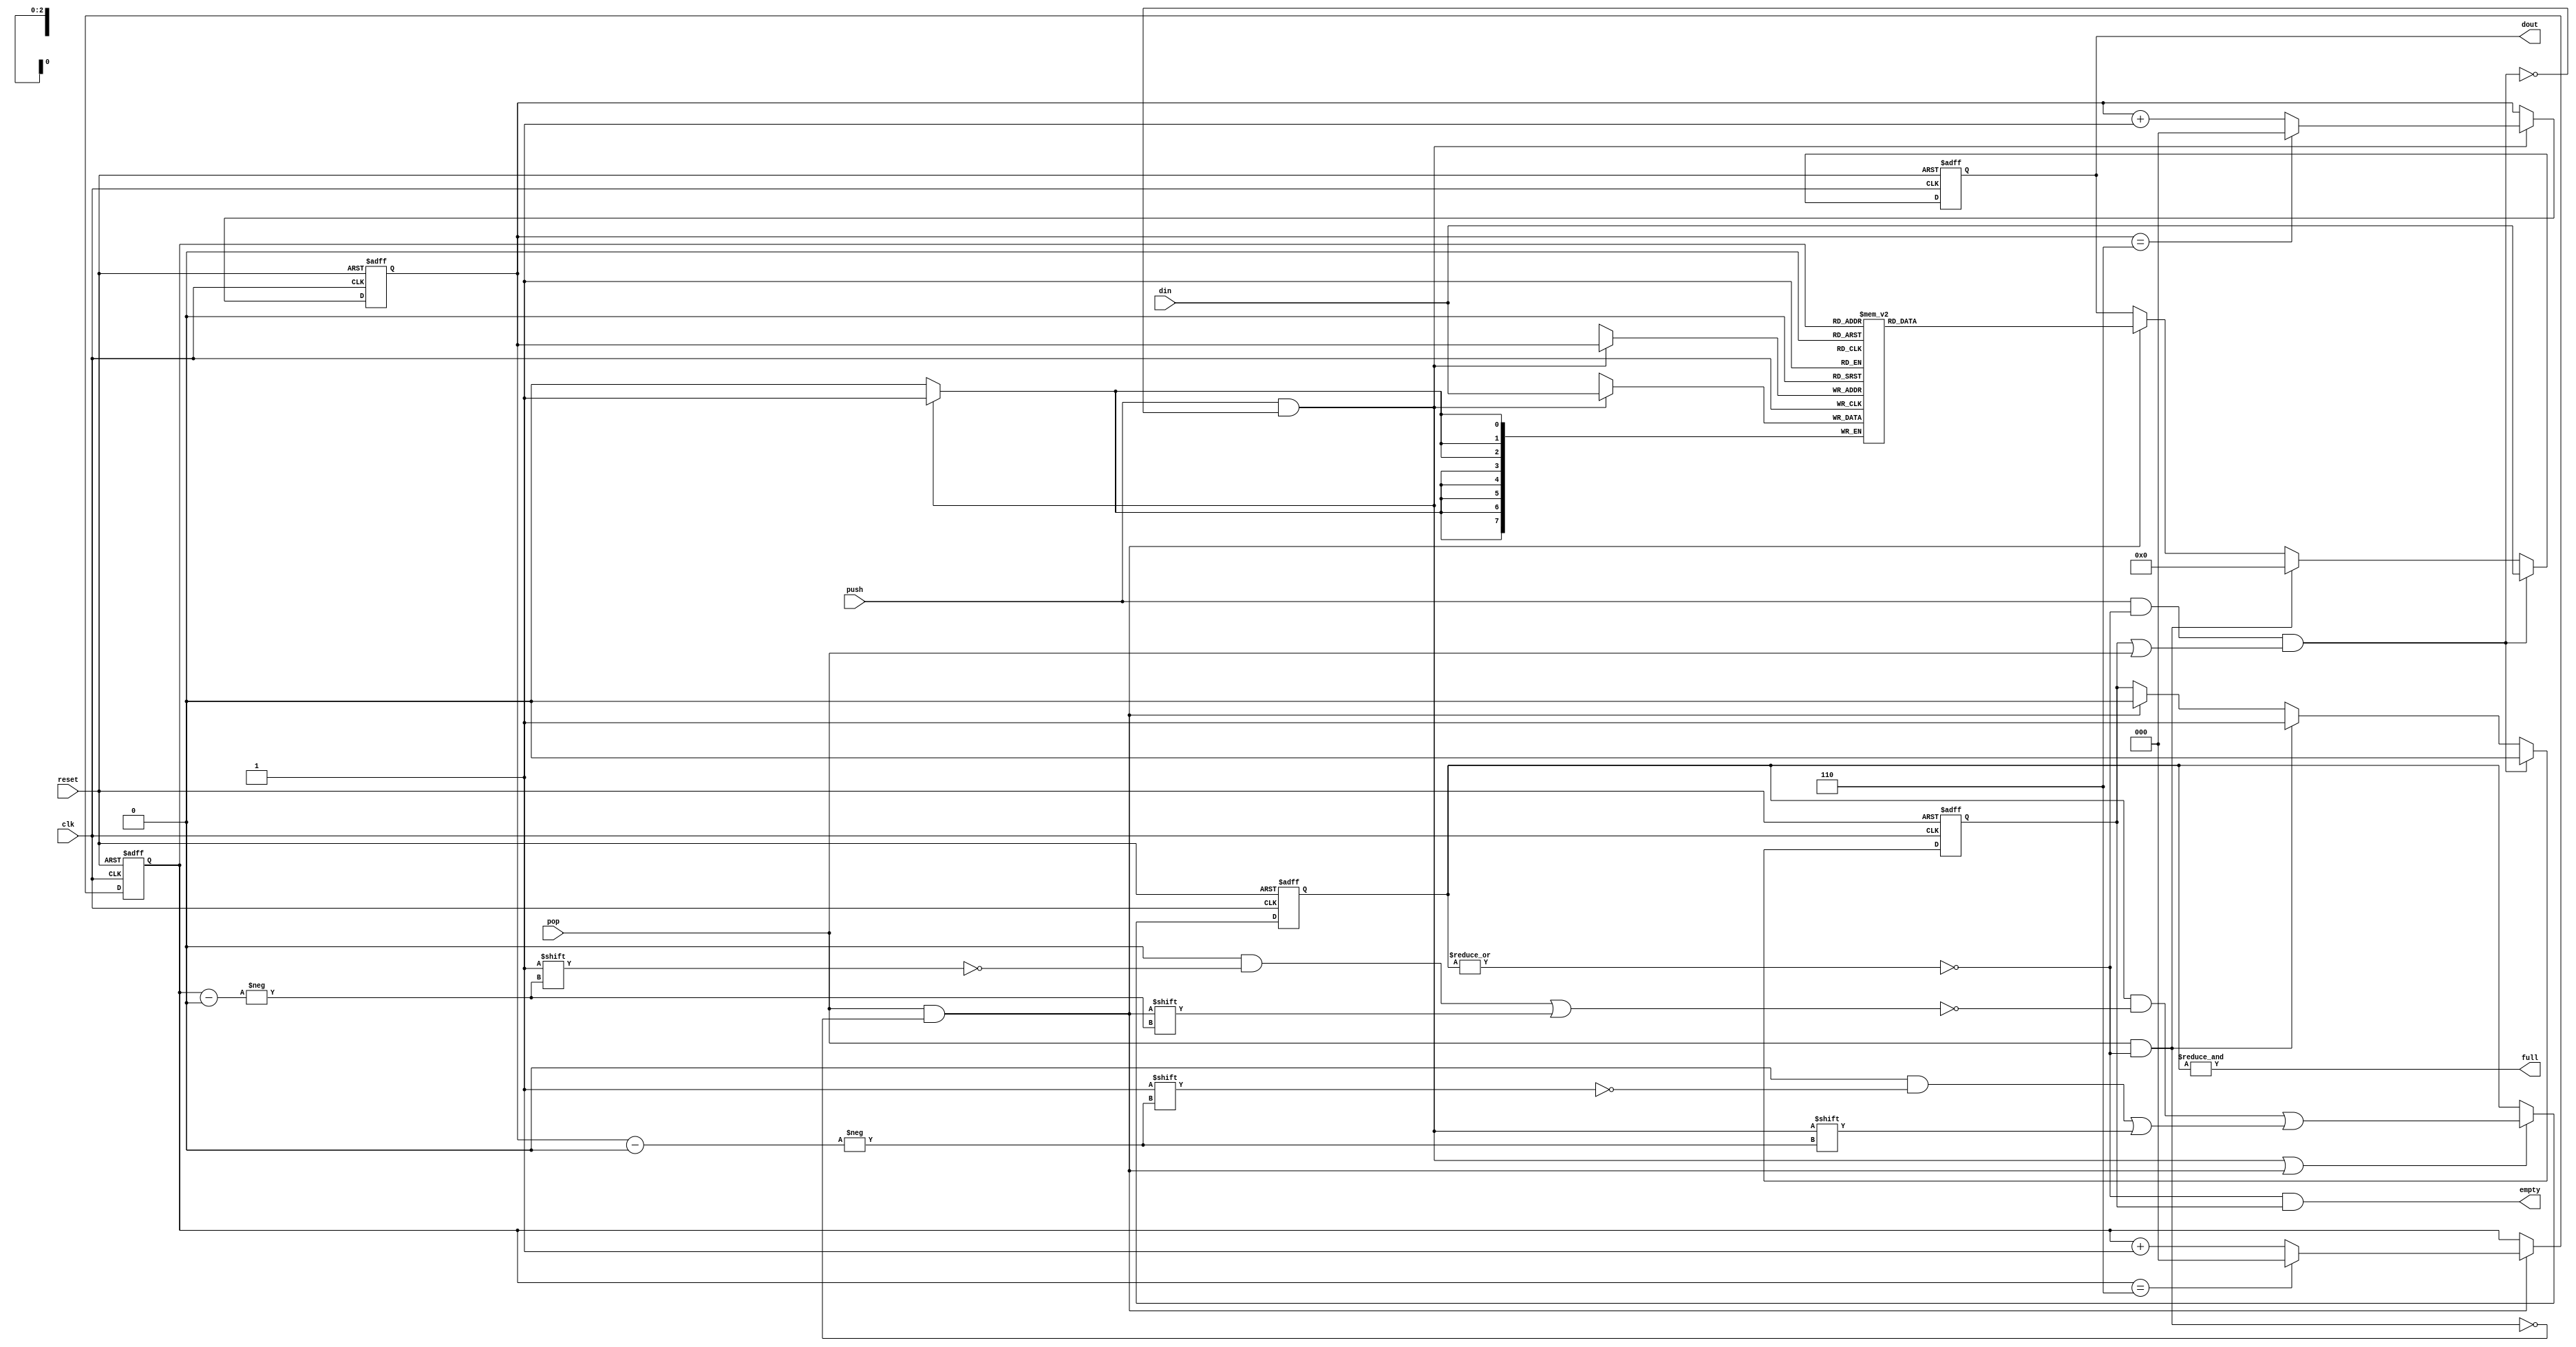
// This program was cloned from: https://github.com/buncram/cram-soc
// License: CERN Open Hardware Licence Version 2 - Weakly Reciprocal

//------------------------------------------------------------------
//-- File generated by RobustVerilog parser
//-- RobustVerilog version 1.2 (limited free version)
//-- Invoked Mon Feb 06 01:29:27 2023
//-- Source file: prgen_fifo.v
//-- Parent file: axi2ahb_cmd.v
//-- Run directory: F:/largework/rust-win/code/robust_axi2ahb/
//-- Target directory: out/
//-- Command flags: .\src\base\axi2ahb.v -od out -I .\src\gen\ -list list.txt -listpath -header
//-- www.provartec.com/edatools ... info@provartec.com
//------------------------------------------------------------------




module prgen_fifo(clk,
                  reset,
                  push,
                  pop,
                  din,
                  dout,
                  empty,
                  full
);
    parameter                  WIDTH      = 8;
    parameter                  DEPTH_FULL = 8;

    parameter               SINGLE = DEPTH_FULL == 1;
    parameter               DEPTH  = SINGLE ? 1 : DEPTH_FULL -1;
    parameter               DEPTH_BITS =
    (DEPTH <= 2)   ? 1 :
    (DEPTH <= 4)   ? 2 :
    (DEPTH <= 8)   ? 3 :
    (DEPTH <= 16)  ? 4 :
    (DEPTH <= 32)  ? 5 :
    (DEPTH <= 64)  ? 6 :
    (DEPTH <= 128) ? 7 :
    (DEPTH <= 256) ? 8 :
    (DEPTH <= 512) ? 9 : 0; //0 is ilegal

    parameter               LAST_LINE = DEPTH-1;



    input                      clk;
    input                      reset;

    input               push;
    input               pop;
    input [WIDTH-1:0]           din;
    output [WIDTH-1:0]           dout;
    output               empty;
    output               full;


    wire               reg_push;
    wire               reg_pop;
    wire               fifo_push;
    wire               fifo_pop;

    // TODO: fix these initializers so they are ASIC-friendly.
    reg [DEPTH-1:0]           full_mask_in = 0;
    reg [DEPTH-1:0]           full_mask_out = 0;
    reg [DEPTH-1:0]           full_mask = 0;
    reg [WIDTH-1:0]           fifo [DEPTH-1:0];
    wire               fifo_empty;
    wire               next;
    reg [WIDTH-1:0]           dout = 0;
    reg                   dout_empty;
    reg [DEPTH_BITS-1:0]       ptr_in = 0;
    reg [DEPTH_BITS-1:0]       ptr_out = 0;

    // TODO: on an ASIC, the RAM powers up as X.
    integer j;
    initial begin
        for (j = 0; j < DEPTH; j = j + 1) begin
            fifo[j] = 0;
        end
    end

    assign               reg_push  = push & fifo_empty & (dout_empty | pop);
    assign               reg_pop   = pop & fifo_empty;
    assign               fifo_push = !SINGLE & push & (~reg_push);
    assign               fifo_pop  = !SINGLE & pop & (~reg_pop);


    always @(posedge clk or posedge reset)
        if (reset) begin
            dout       <= {WIDTH{1'b0}};
            dout_empty <= 1'b1;
        end else if (reg_push) begin
            dout       <= din;
            dout_empty <= 1'b0;
        end else if (reg_pop) begin
          dout       <= {WIDTH{1'b0}};
          dout_empty <= 1'b1;
        end else if (fifo_pop) begin
          dout       <= fifo[ptr_out];
          dout_empty <= 1'b0;
        end

    always @(posedge clk or posedge reset)
        if (reset)
            ptr_in <= {DEPTH_BITS{1'b0}};
        else if (fifo_push)
            ptr_in <= ptr_in == LAST_LINE ? 0 : ptr_in + 1'b1;

    always @(posedge clk or posedge reset)
        if (reset)
            ptr_out <= {DEPTH_BITS{1'b0}};
        else if (fifo_pop)
            ptr_out <= ptr_out == LAST_LINE ? 0 : ptr_out + 1'b1;

    always @(posedge clk)
        if (fifo_push)
            fifo[ptr_in] <= din;


    always @(/*AUTOSENSE*/fifo_push or ptr_in)
    begin
        full_mask_in         = {DEPTH{1'b0}};
        full_mask_in[ptr_in] = fifo_push;
    end

    always @(/*AUTOSENSE*/fifo_pop or ptr_out)
    begin
        full_mask_out          = {DEPTH{1'b0}};
        full_mask_out[ptr_out] = fifo_pop;
    end

    always @(posedge clk or posedge reset)
        if (reset)
            full_mask <= {DEPTH{1'b0}};
        else if (fifo_push | fifo_pop)
            full_mask <= (full_mask & (~full_mask_out)) | full_mask_in;


    assign next       = |full_mask;
    assign fifo_empty = ~next;
    assign empty      = fifo_empty & dout_empty;
    assign full       = SINGLE ? !dout_empty : &full_mask;
endmodule